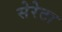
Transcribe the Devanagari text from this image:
सेरेटा